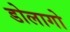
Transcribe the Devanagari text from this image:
डोलागो